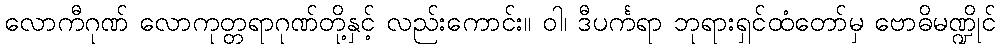
လောကီဂုဏ် လောကုတ္တရာဂုဏ်တို့နှင့် လည်းကောင်း။ ဝါ၊ ဒီပင်္ကရာ ဘုရားရှင်ထံတော်မှ ဗောဓိမဏ္ဍိုင်